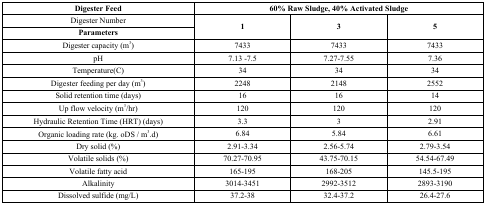
| Digester Feed | <COLSPAN=3> 60% Raw Sludge, 40% Activated Sludge |
 | --- | --- | --- | --- |
 | Digester Number | <ROWSPAN=2> 1 | <ROWSPAN=2> 3 | <ROWSPAN=2> 5 |
 | Parameters |
 | Digester capacity (m3) | 7433 | 7433 | 7433 |
 | pH | 7.13 -7.5 | 7.27-7.55 | 7.36 |
 | Temperature(0C) | 34 | 34 | 34 |
 | Digester feeding per day (m3) | 2248 | 2148 | 2552 |
 | Solid retention time (days) | 16 | 16 | 14 |
 | Up flow velocity (m3/hr) | 120 | 120 | 120 |
 | Hydraulic Retention Time (HRT) (days) | 3.3 | 3 | 2.91 |
 | Organic loading rate (kg. oDS / m3.d) | 6.84 | 5.84 | 6.61 |
 | Dry solid (%) | 2.91-3.34 | 2.56-5.74 | 2.79-3.54 |
 | Volatile solids (%) | 70.27-70.95 | 43.75-70.15 | 54.54-67.49 |
 | Volatile fatty acid | 165-195 | 168-205 | 145.5-195 |
 | Alkalinity | 3014-3451 | 2992-3512 | 2893-3190 |
 | Dissolved sulfide (mg/L) | 37.2-38 | 32.4-37.2 | 26.4-27.6 |